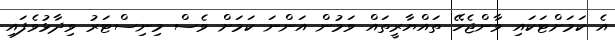
އެ ކަމަށްޓަކައި ވާންޖެހޭ ތައްޔާރީތައް ވަމުން އަންނަ ކަމަށް ވެސް މިނިސްޓަރު ވިދާޅުވެފައި